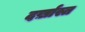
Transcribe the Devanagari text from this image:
दर्ख़ास्त